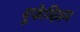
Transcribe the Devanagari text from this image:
यूफेमिज़म